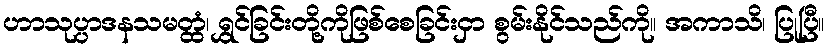
ဟာသုပ္ပာဒနသမတ္ထံ၊ ရွှင်ခြင်းတို့ကိုဖြစ်စေခြင်းငှာ စွမ်းနိုင်သည်ကို။ အကာသိ၊ ပြုပြီ။